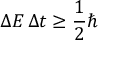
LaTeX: \Delta E \, \Delta t \geq { \frac { 1 } { 2 } } \hbar